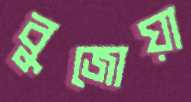
বুজোয়া